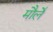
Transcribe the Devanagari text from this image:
मौर्ले